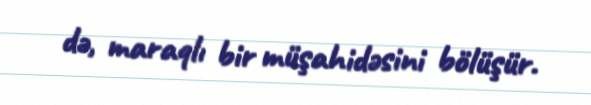
də, maraqlı bir müşahidəsini bölüşür.